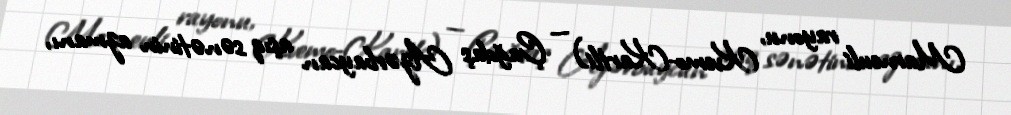
Marneuli rayonu, Kvemo-Kartli) — Çağdaş Azərbaycan aşıq sənətinin azmanı,